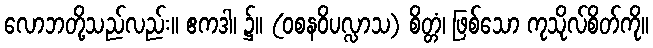
လောဘတို့သည်လည်း။ ဧကဒါ၊ ၌။ (ဝစနဝိပလ္လာသ) စိတ္တံ၊ ဖြစ်သော ကုသိုလ်စိတ်ကို။